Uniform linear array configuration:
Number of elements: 64
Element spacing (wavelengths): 0.75
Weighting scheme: hann
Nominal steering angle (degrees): -60
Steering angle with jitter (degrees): -58.593
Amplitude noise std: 0.05
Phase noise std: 0.05

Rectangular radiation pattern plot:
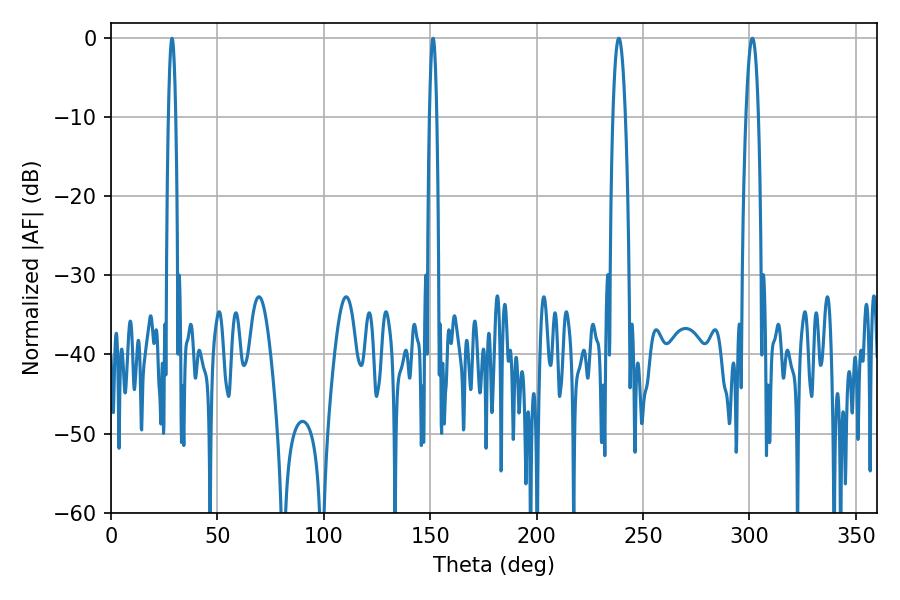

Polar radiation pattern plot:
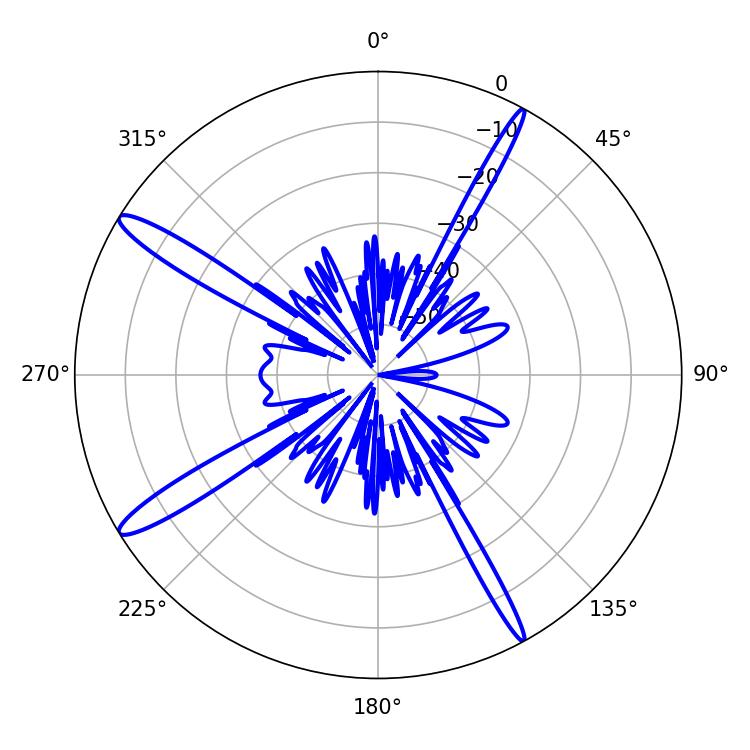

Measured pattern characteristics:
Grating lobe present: TRUE
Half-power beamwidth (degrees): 3.24
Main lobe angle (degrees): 301.32